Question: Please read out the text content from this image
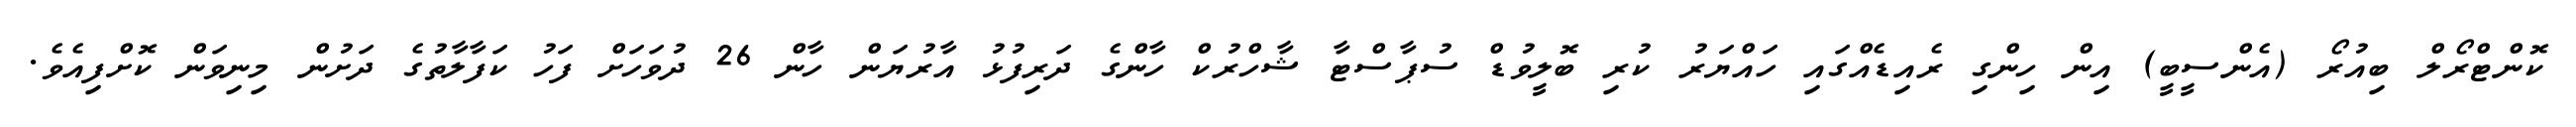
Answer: ކޮންޓްރޯލް ބިއުރޯ (އެންސީބީ) އިން ހިންގި ރެއިޑެއްގައި ހައްޔަރު ކުރި ބޮލީވުޑް ސުޕާސްޓާ ޝާހްރުކް ހާންގެ ދަރިފުޅު އާރުޔަން ހާން 26 ދުވަހަށް ފަހު ކަފާލާތުގެ ދަށުން މިނިވަން ކޮށްފިއެވެ.